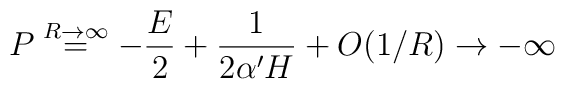
P   \buildrel{R \to \infty}\over= -{E \over 2} +{1 \over {2 \alpha' H}} + O(1/R)\to -\infty